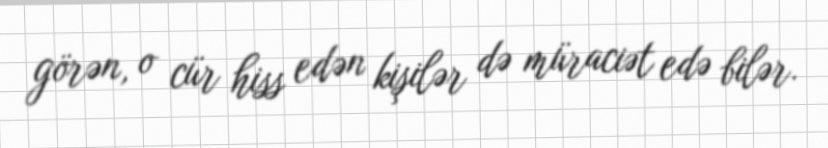
görən, o cür hiss edən kişilər də müraciət edə bilər.